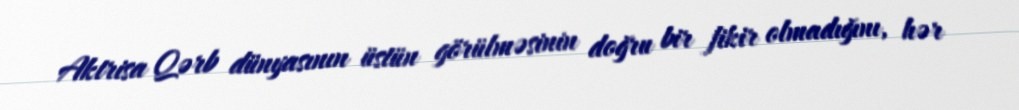
Aktrisa Qərb dünyasının üstün görülməsinin doğru bir fikir olmadığını, hər